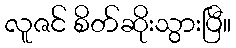
လူဇင် စိတ်ဆိုးသွားပြီ။